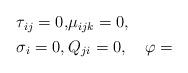
LaTeX: \begin{align*}\begin{alignedat}{3} & \tau_{ij}=0, & & \mu_{ijk}=0, & \quad\\ & \sigma_{i}=0, & & Q_{ji}=0, & & \varphi=\end{alignedat}\end{align*}